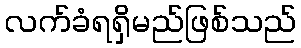
လက်ခံရရှိမည်ဖြစ်သည်